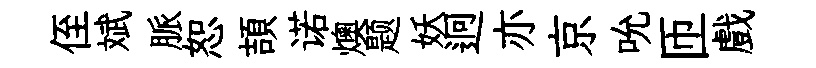
侄斌脈恕頡诺燠题妖迥亦京吮匝戲